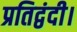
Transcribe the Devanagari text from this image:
प्रतिद्वंदी।